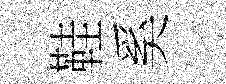
鞋奚